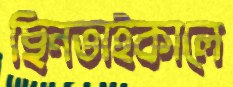
ছিনতাইকালে